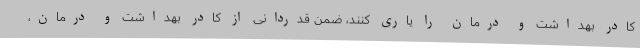
کادر بهداشت و درمان را یاری کنند، ضمن قدردانی از کادر بهداشت و درمان،